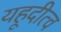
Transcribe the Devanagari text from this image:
यहूदीत्व